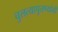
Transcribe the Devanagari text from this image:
चुलत्यापुतण्यांनी